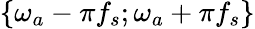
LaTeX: \{ \omega_{a}-\pi f_{s};\omega_{a}+\pi f_{s}\}